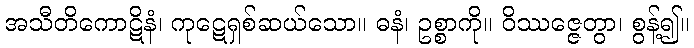
အသီတိကောဋိနံ၊ ကုဋေရှစ်ဆယ်သော။ ဓနံ၊ ဥစ္စာကို။ ဝိဿဇ္ဇေတွာ၊ စွန့်၍။